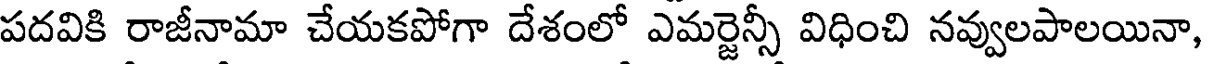
పదవికి రాజీనామా చేయకపోగా దేశంలో ఎమర్జెన్సీ విధించి నవ్వులపాలయినా,